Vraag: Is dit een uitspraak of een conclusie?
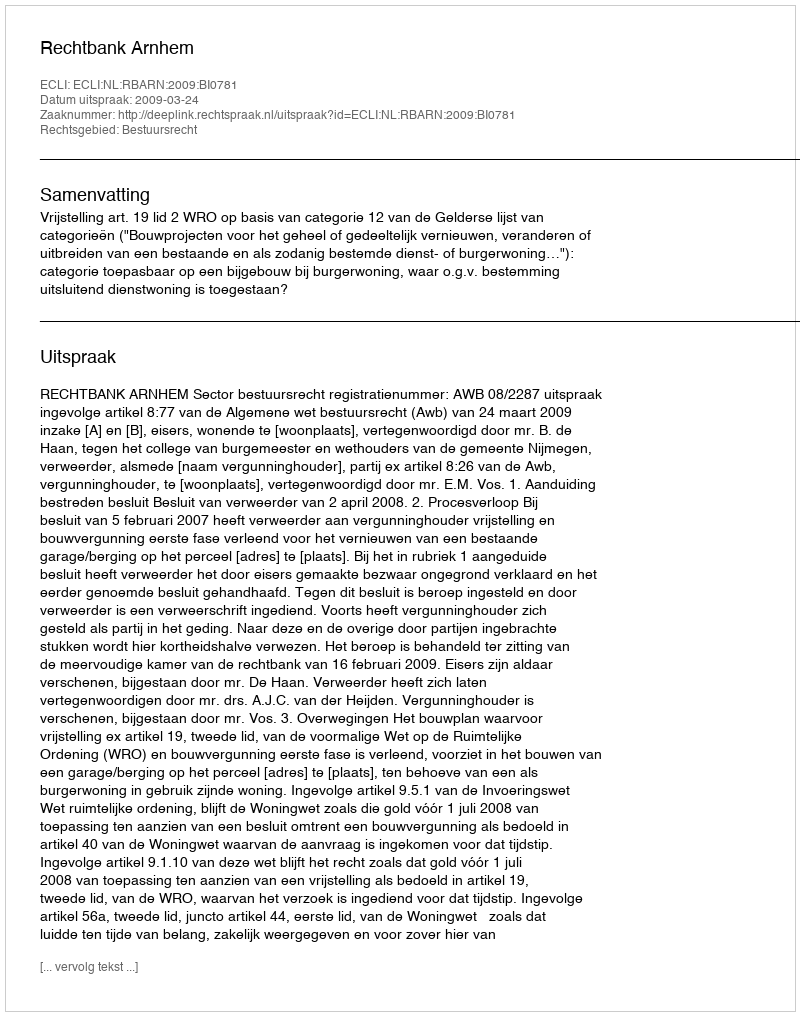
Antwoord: Uitspraak